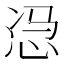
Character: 𱞎